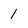
Character: 1